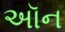
અૉન